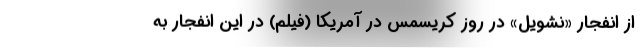
از انفجار «نشویل» در روز کریسمس در آمریکا (فیلم) در این انفجار به